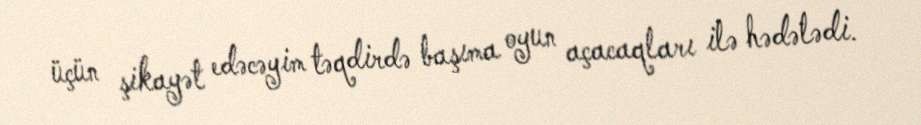
üçün şikayət edəcəyim təqdirdə başıma oyun açacaqları ilə hədələdi.